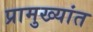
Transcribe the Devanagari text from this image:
प्रामुख्यांत